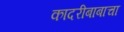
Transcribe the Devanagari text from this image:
कादरीबाबाचा